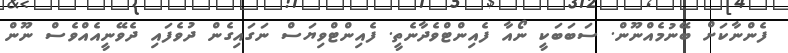
ފެންނާކަށް ބޭނުމެއްނޫން. ސަބަބަކީ ނޯއާ ފެއިންޓްވެދާނެތީ. ފެއިންޓްވިޔަސް ނަގައިގެން ދުވެފައި ދެވޭނީއެއްވެސް ނޫން